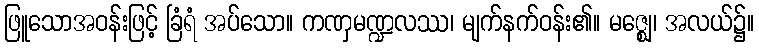
ဖြူသောအဝန်းဖြင့် ခြံရံ အပ်သော။ ကဏှမဏ္ဍလဿ၊ မျက်နက်ဝန်း၏။ မဇ္ဈေ၊ အလယ်၌။